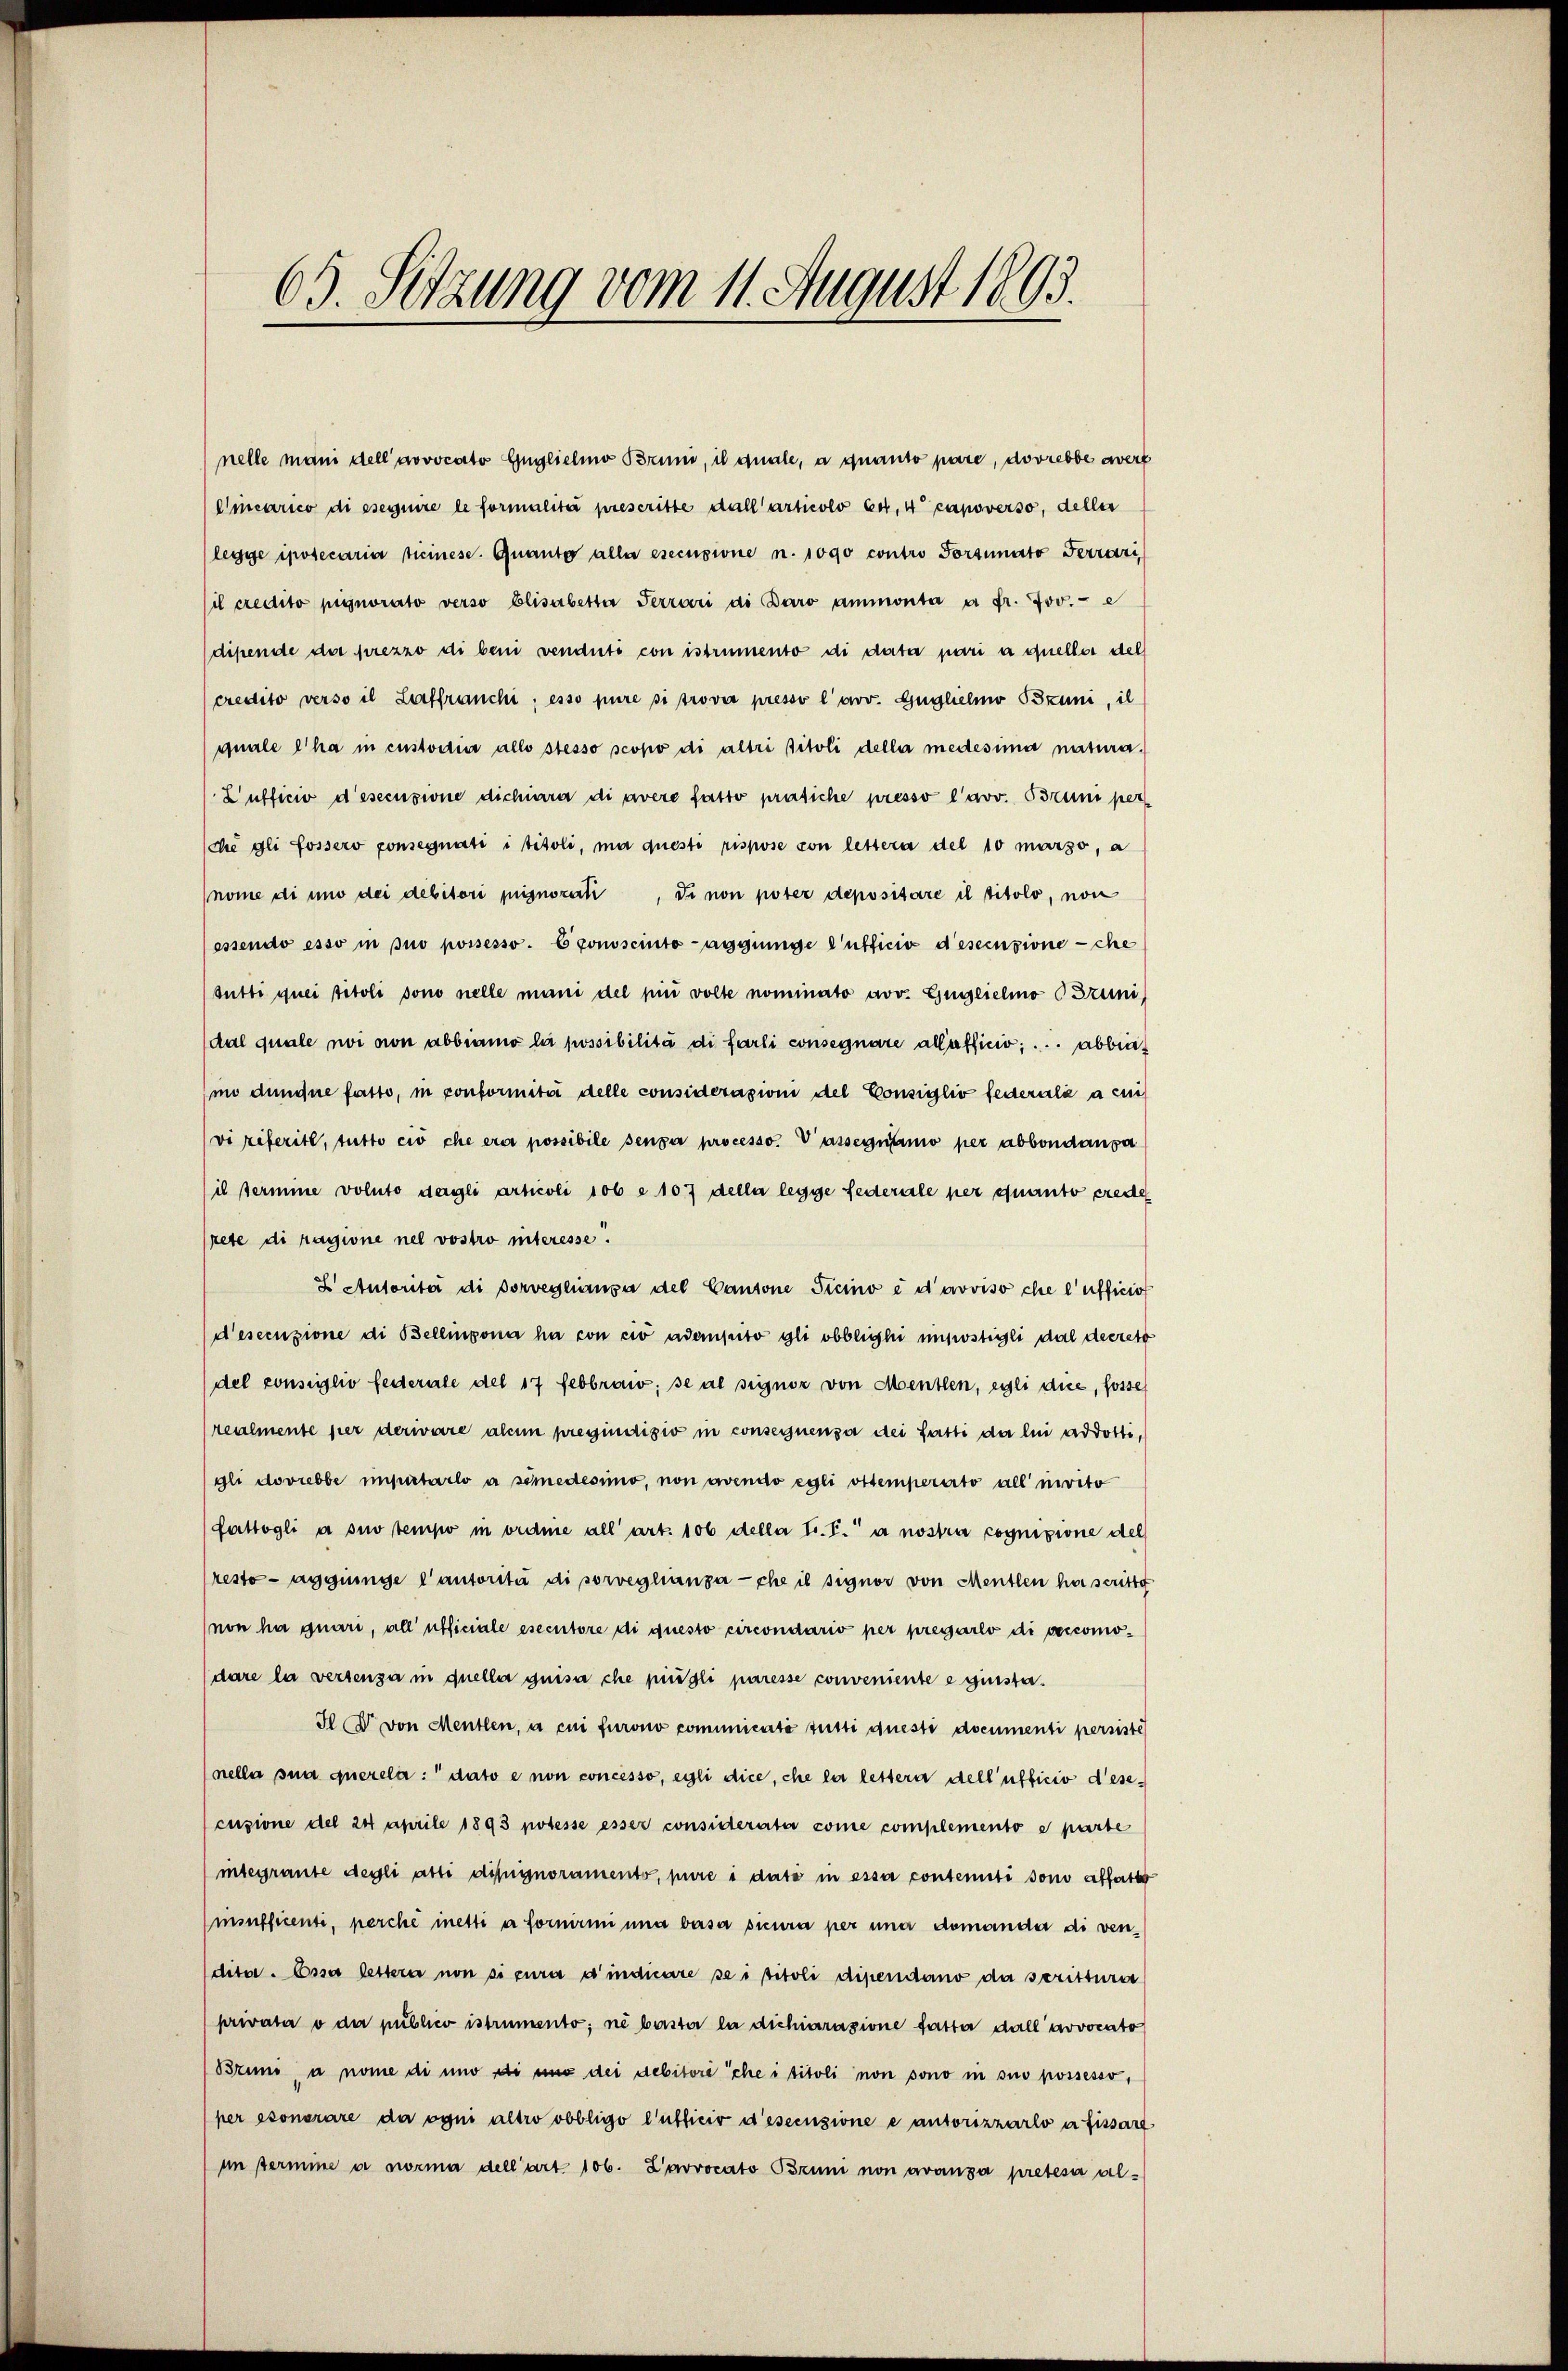
63. Setzung vom 11. August 1893.

credito verso il Leiffranchi; esso pure si trover presso l’avv. Gugliehno Bzuni, il
quale l’ha in custodir alle stesso scopo di altri titoli dellar medesima natura.
Lufficio d’esecusione dichiara di avere fatto präsiche presso l’avv. Brum per
die gli fossero ponsegnati i titoli, ma questi rispose von lettera del 10 marso, a
nome di uno dei debitori pignorarti, di non poter depositare il titolo, non
ossendo esso in suo possesso. Econoscinto aggninge l’ufficio descensione che
tutti quei titoli sono nelle mani del fin volle nominato avv. Gugeielmo Bruni
dal quale noi von abbranno la possibilità di farli consegnare allefficio, abbinino dundne fatto, in conformita delle considerazioni del Consiglio federale a cui
vi referitt, tutto ciò che erer possibile senza processo. Dassegnano per abbondanpa
il sermme voluto degli articoli 106 e 107 della legge federale per quanto erede
rete di ragione nel vostro interesse.
E Autorita di dorveglianza del Cantone Ticino ed avviso che l’ufficiot
d’esecuzione di Bellinzona ha con cio adempito gli obblighi unserstigli dal decret
del consilio festerate des 17 Febbraw; se al signor von Menten, egli die, fosses
realmente hier derivare alein pregiudizio in consequenza dei fatti da lui addotti,
gli dovrebbe imputarlo a semedesimo, non avendo egli ottemperarto all nivito
fattogli a suo tempo in ordne all’ art. 106 della tr. T. a nostra cognizione del
resto agginige l’autorità di sorveglianza che il signor von Menten ha scritte
non ha quari, all’ afficiale esecutore di questo circondario per pregarlo di veccomo¬
(dare la versenza in queller guisa che püngli paresse conveniente e giusta¬
H Dr. von Mentlen, a cui furono comunicaté tutti questi documenti persiste
neller sin querela: dato e non concesso, egli dice, che la lettera dell’ufficio d’esecusione der 24 April 1893 potesse esser considerate come complemento e parte
integrante degli atti dipignoramento, pure i date in essa contemiti sono affette
insufficenti, perche metti a fornirmi una versa sicura per una demanda di ven-
ditor. Essa lettern non sicura d’indicare sei titoli dipendano da scritterer
privata o der publico istrumento; ne beister la dichiarazione fatter dall’ arvocato
Bruns, a nome di und di uns dei debitore che i titoli non sono in suo possesso,
per ssonorare da ogni altro obbligo l’ufficio descenzione e ansonzzarlo a fissart
im permine e norma dell’art 106. L’avvocato Bruni non avanza pretésa al-

nelle mani dell’ novocato Engliehno Brund, il quale, a quanto pare, dovrebbe awert
Cicarico di eseguire le formalité prescritte dall’articolo es. 4 capoverso, deller
legye ipotecaria Timese. Quanto alle esecusione n. 1090 contro Portunato Ferrari
il credito pignorato verso Elisabetter Terrari di Paro ammonta a fr. 700.- e
dipende der prezzo di beni venduti con istrumento di data pari a queller del